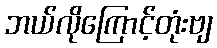
ဘယ်လိုကြောင့်တုံးဗျ